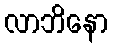
လာဘိနော